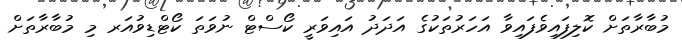
މުބާރާތަށް ކޮލިފައިވެފައިވާ އަހަރުތަކުގެ އަދަދު އައިވަރީ ކޯސްޓް ނުވަތަ ކޯޓްޑިވުއަރ މި މުބާރާތަށް